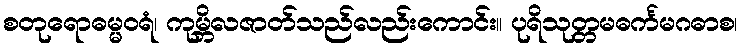
စတုရောဓမ္မဝရံ၊ ကုမ္ဘိလဇာတ်သည်လည်းကောင်း။ ပုရိသုတ္တမဓင်္ကမဂဓာစ၊